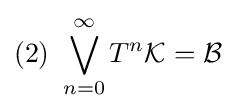
{\mbox{(2) }}\bigvee _{n=0}^{\infty }T^{n}{\mathcal {K}}={\mathcal {B}}